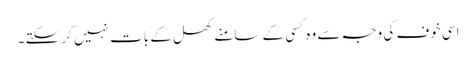
اسی خوف کی وجہ سے وہ کسی کے سامنے کھل کے بات نہیں کر سکتے ۔